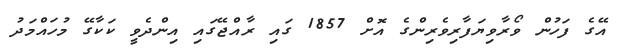
އޭގެ ފަހުން ވޯރާވިޔަފާރިވެރިންގެ އޮށް 1857 ގައި ރާއްޖޭގައި އިންދެވީ ކަކާގޭ މުހައްމަދު